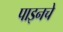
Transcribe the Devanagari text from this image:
पाइनचे